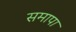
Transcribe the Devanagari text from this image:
समापा